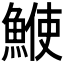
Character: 𩸲